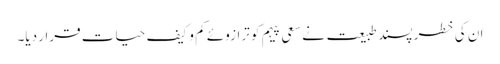
ان کی خطر پسند طبیعت نے سعیِ پیہم کو ترازوئے کم و کیف حیات قرار دیا۔